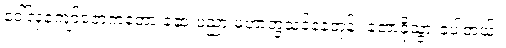
ဒေါ်လှကျော်ဇောကတော့ ဆေးပညာ မဟာဘွဲ့သင်နေတုန်း တောခိုသွားခဲ့ပါတယ်။